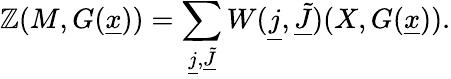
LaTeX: \mathbb{Z}(M,G(\underline{{{x}}}))=\sum_{\underline{{{j}}},\underline{{{{\tilde{{J}}}}}}}W(\underline{{{j}}},\underline{{{{\tilde{{J}}}}}})(X,G(\underline{{{x}}})).